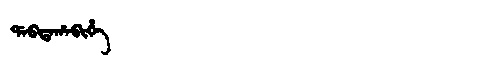
Manchu: ᡩᠠᠪᡨᠠᡥᠠᠪᡳᡥᡝ
Romanization: DABTAHABIHE